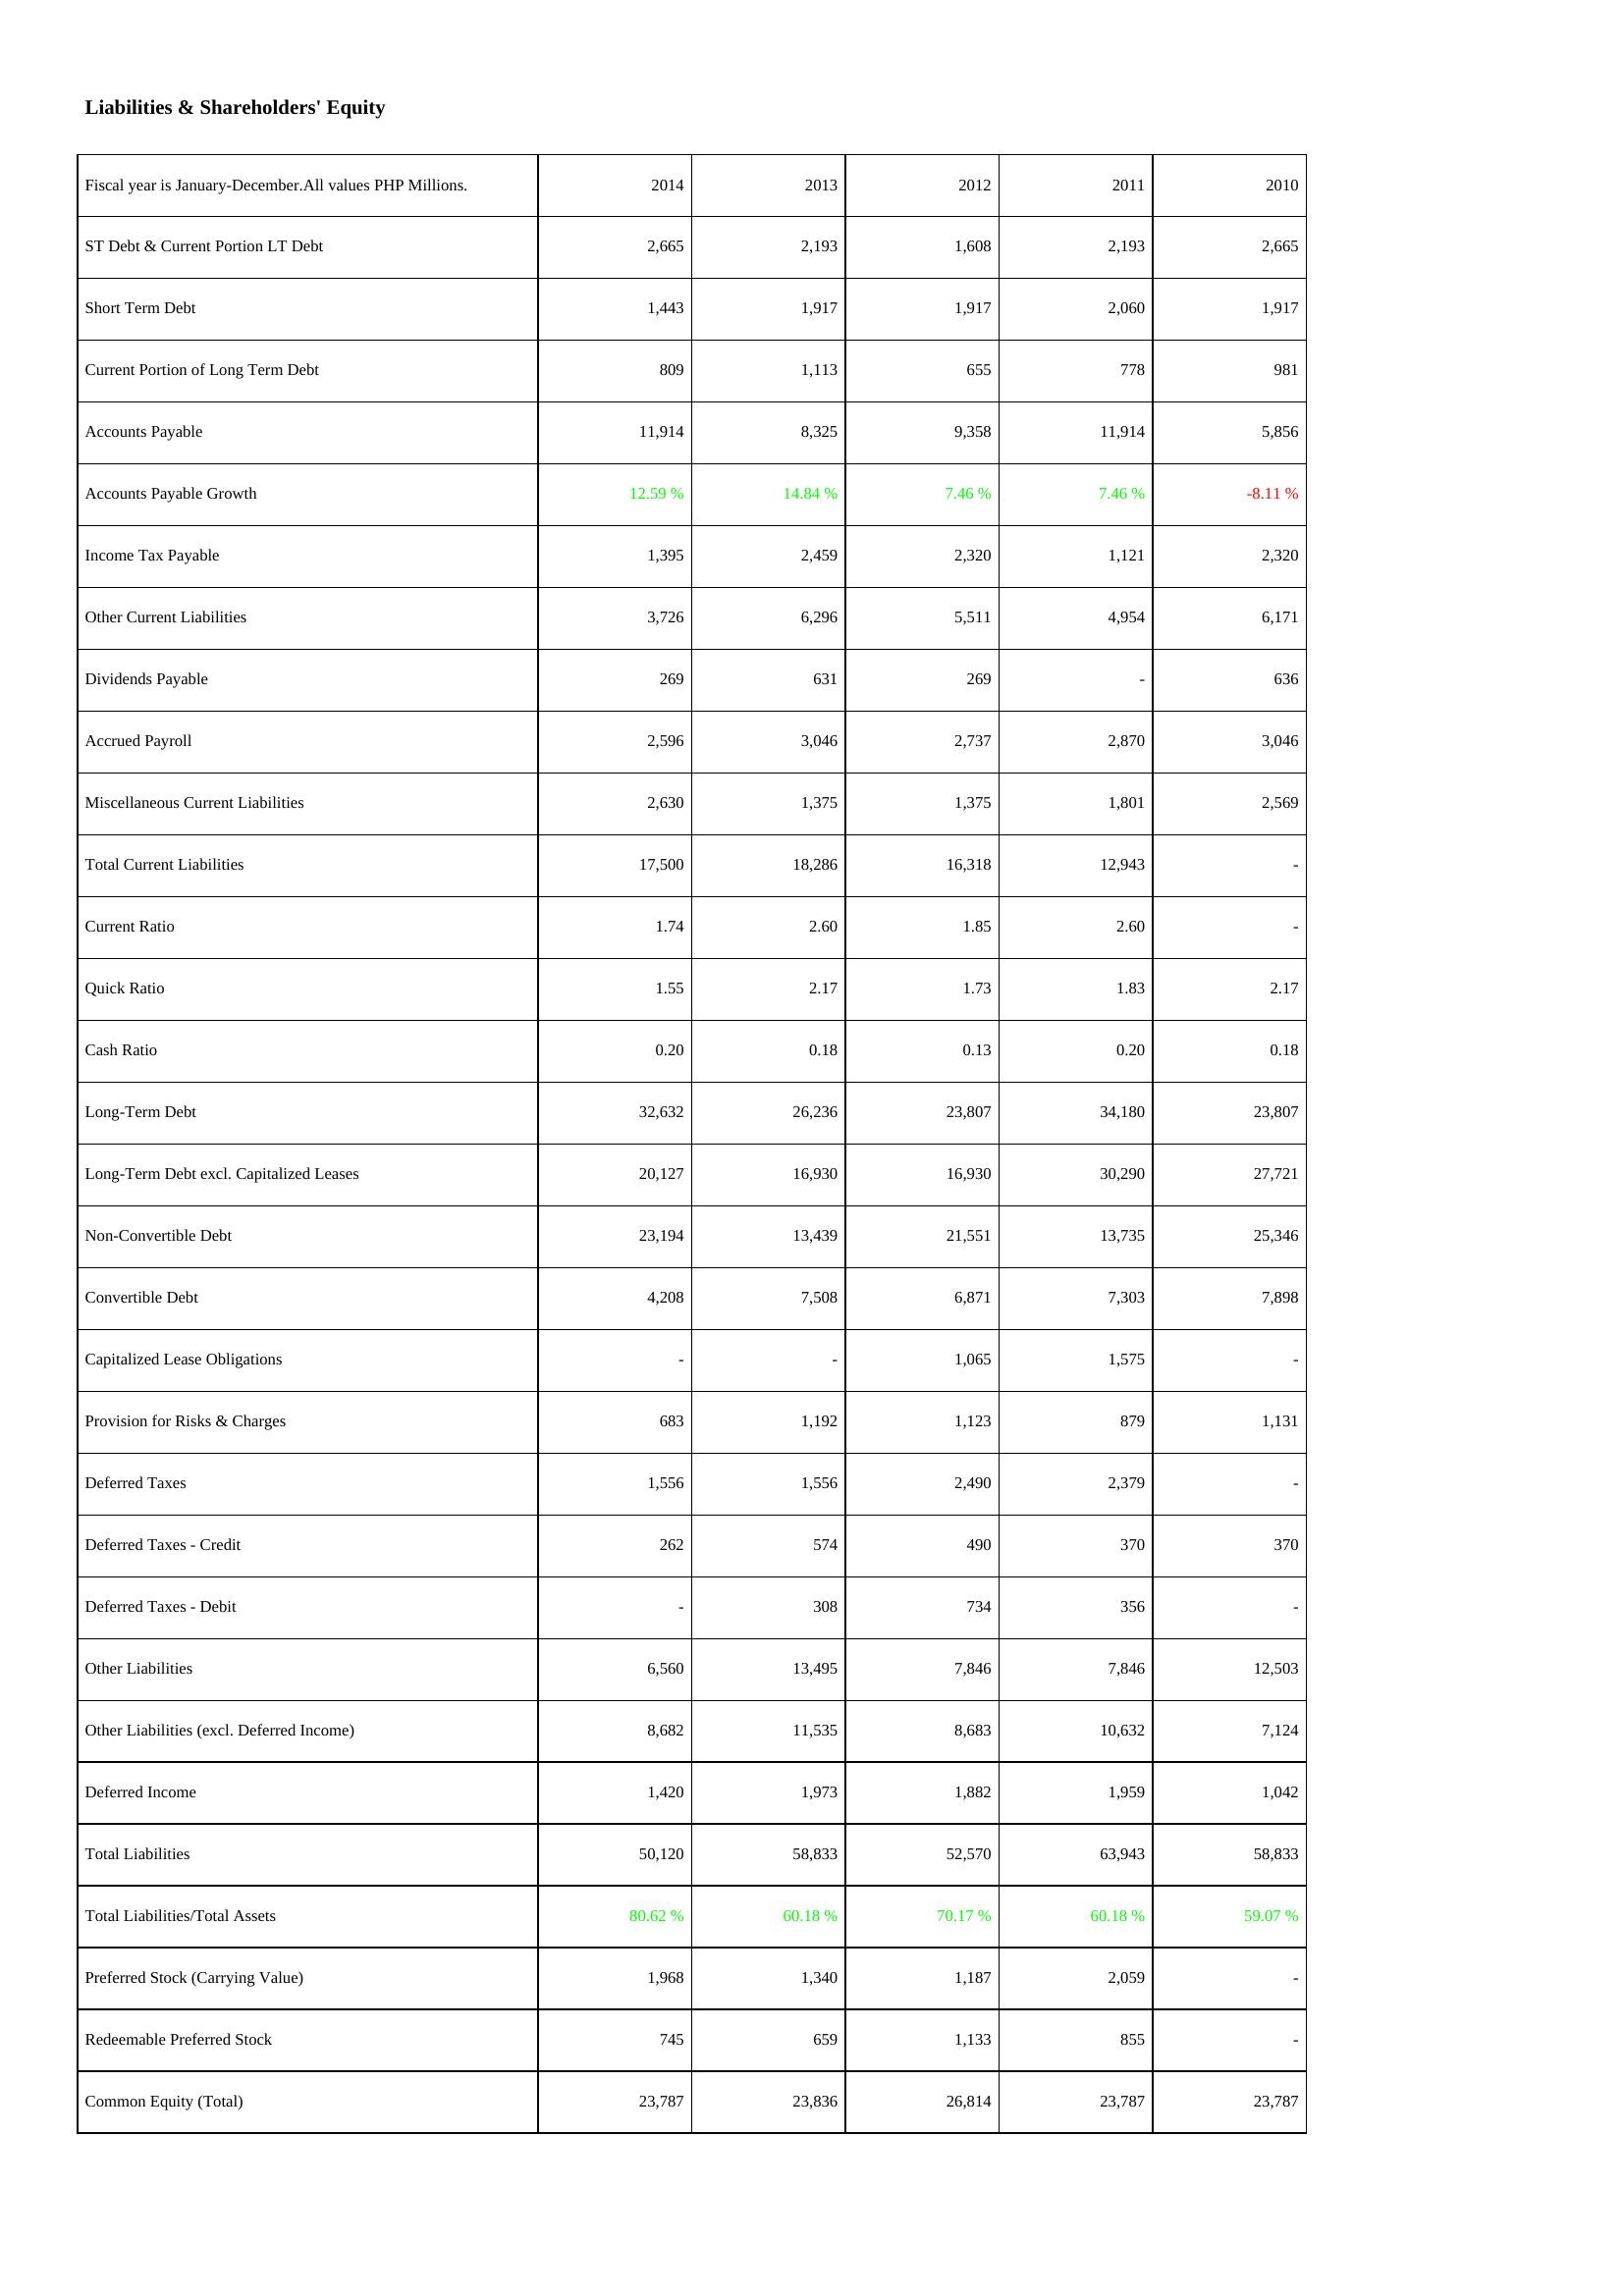
2014: Liabilities & Shareholders' Equity: ST Debt & Current Portion LT Debt: 2,665
Short Term Debt: 1,443
Current Portion of Long Term Debt: 809
Accounts Payable: 11,914
Accounts Payable Growth: 12.59 %
Income Tax Payable: 1,395
Other Current Liabilities: 3,726
Dividends Payable: 269
Accrued Payroll: 2,596
Miscellaneous Current Liabilities: 2,630
Total Current Liabilities: 17,500
Current Ratio: 1.74
Quick Ratio: 1.55
Cash Ratio: 0.20
Long-Term Debt: 32,632
Long-Term Debt excl. Capitalized Leases: 20,127
Non-Convertible Debt: 23,194
Convertible Debt: 4,208
Capitalized Lease Obligations: -
Provision for Risks & Charges: 683
Deferred Taxes: 1,556
Deferred Taxes - Credit: 262
Deferred Taxes - Debit: -
Other Liabilities: 6,560
Other Liabilities (excl. Deferred Income): 8,682
Deferred Income: 1,420
Total Liabilities: 50,120
Total Liabilities/Total Assets: 80.62 %
Preferred Stock (Carrying Value): 1,968
Redeemable Preferred Stock: 745
Common Equity (Total): 23,787
2013: Liabilities & Shareholders' Equity: ST Debt & Current Portion LT Debt: 2,193
Short Term Debt: 1,917
Current Portion of Long Term Debt: 1,113
Accounts Payable: 8,325
Accounts Payable Growth: 14.84 %
Income Tax Payable: 2,459
Other Current Liabilities: 6,296
Dividends Payable: 631
Accrued Payroll: 3,046
Miscellaneous Current Liabilities: 1,375
Total Current Liabilities: 18,286
Current Ratio: 2.60
Quick Ratio: 2.17
Cash Ratio: 0.18
Long-Term Debt: 26,236
Long-Term Debt excl. Capitalized Leases: 16,930
Non-Convertible Debt: 13,439
Convertible Debt: 7,508
Capitalized Lease Obligations: -
Provision for Risks & Charges: 1,192
Deferred Taxes: 1,556
Deferred Taxes - Credit: 574
Deferred Taxes - Debit: 308
Other Liabilities: 13,495
Other Liabilities (excl. Deferred Income): 11,535
Deferred Income: 1,973
Total Liabilities: 58,833
Total Liabilities/Total Assets: 60.18 %
Preferred Stock (Carrying Value): 1,340
Redeemable Preferred Stock: 659
Common Equity (Total): 23,836
2012: Liabilities & Shareholders' Equity: ST Debt & Current Portion LT Debt: 1,608
Short Term Debt: 1,917
Current Portion of Long Term Debt: 655
Accounts Payable: 9,358
Accounts Payable Growth: 7.46 %
Income Tax Payable: 2,320
Other Current Liabilities: 5,511
Dividends Payable: 269
Accrued Payroll: 2,737
Miscellaneous Current Liabilities: 1,375
Total Current Liabilities: 16,318
Current Ratio: 1.85
Quick Ratio: 1.73
Cash Ratio: 0.13
Long-Term Debt: 23,807
Long-Term Debt excl. Capitalized Leases: 16,930
Non-Convertible Debt: 21,551
Convertible Debt: 6,871
Capitalized Lease Obligations: 1,065
Provision for Risks & Charges: 1,123
Deferred Taxes: 2,490
Deferred Taxes - Credit: 490
Deferred Taxes - Debit: 734
Other Liabilities: 7,846
Other Liabilities (excl. Deferred Income): 8,683
Deferred Income: 1,882
Total Liabilities: 52,570
Total Liabilities/Total Assets: 70.17 %
Preferred Stock (Carrying Value): 1,187
Redeemable Preferred Stock: 1,133
Common Equity (Total): 26,814
2011: Liabilities & Shareholders' Equity: ST Debt & Current Portion LT Debt: 2,193
Short Term Debt: 2,060
Current Portion of Long Term Debt: 778
Accounts Payable: 11,914
Accounts Payable Growth: 7.46 %
Income Tax Payable: 1,121
Other Current Liabilities: 4,954
Dividends Payable: -
Accrued Payroll: 2,870
Miscellaneous Current Liabilities: 1,801
Total Current Liabilities: 12,943
Current Ratio: 2.60
Quick Ratio: 1.83
Cash Ratio: 0.20
Long-Term Debt: 34,180
Long-Term Debt excl. Capitalized Leases: 30,290
Non-Convertible Debt: 13,735
Convertible Debt: 7,303
Capitalized Lease Obligations: 1,575
Provision for Risks & Charges: 879
Deferred Taxes: 2,379
Deferred Taxes - Credit: 370
Deferred Taxes - Debit: 356
Other Liabilities: 7,846
Other Liabilities (excl. Deferred Income): 10,632
Deferred Income: 1,959
Total Liabilities: 63,943
Total Liabilities/Total Assets: 60.18 %
Preferred Stock (Carrying Value): 2,059
Redeemable Preferred Stock: 855
Common Equity (Total): 23,787
2010: Liabilities & Shareholders' Equity: ST Debt & Current Portion LT Debt: 2,665
Short Term Debt: 1,917
Current Portion of Long Term Debt: 981
Accounts Payable: 5,856
Accounts Payable Growth: -8.11 %
Income Tax Payable: 2,320
Other Current Liabilities: 6,171
Dividends Payable: 636
Accrued Payroll: 3,046
Miscellaneous Current Liabilities: 2,569
Total Current Liabilities: -
Current Ratio: -
Quick Ratio: 2.17
Cash Ratio: 0.18
Long-Term Debt: 23,807
Long-Term Debt excl. Capitalized Leases: 27,721
Non-Convertible Debt: 25,346
Convertible Debt: 7,898
Capitalized Lease Obligations: -
Provision for Risks & Charges: 1,131
Deferred Taxes: -
Deferred Taxes - Credit: 370
Deferred Taxes - Debit: -
Other Liabilities: 12,503
Other Liabilities (excl. Deferred Income): 7,124
Deferred Income: 1,042
Total Liabilities: 58,833
Total Liabilities/Total Assets: 59.07 %
Preferred Stock (Carrying Value): -
Redeemable Preferred Stock: -
Common Equity (Total): 23,787